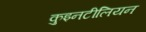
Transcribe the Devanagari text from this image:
कुइनटीलियन